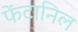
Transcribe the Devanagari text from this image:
फेंटानिल